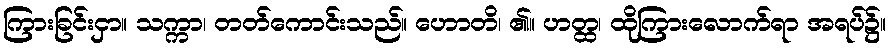
ကြားခြင်းငှာ။ သက္ကာ၊ တတ်ကောင်းသည်။ ဟောတိ၊ ၏။ ဟတ္ထ၊ ထိုကြားလောက်ရာ အရပ်၌။